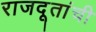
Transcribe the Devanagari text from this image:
राजदूतांची